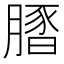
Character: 𦟢